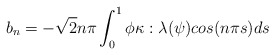
\begin{align*}b_n = -\sqrt{2}n\pi\int_0^1\phi\kappa:\lambda(\psi)cos(n\pi s)ds\end{align*}